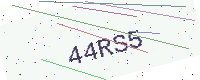
Text: 44RS5